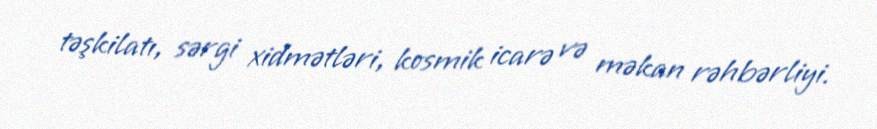
təşkilatı, sərgi xidmətləri, kosmik icarə və məkan rəhbərliyi.